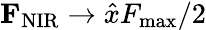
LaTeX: {\mathbf F}_{\mathrm{NIR}}\rightarrow\hat{x}F_{\mathrm{max}}/2